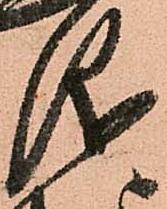
儀